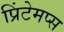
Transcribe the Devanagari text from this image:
प्रिंटेमप्स